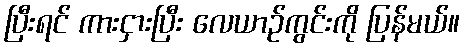
ပြီးရင် ကားငှားပြီး လေယာဉ်ကွင်းကို ပြန်မယ်။